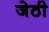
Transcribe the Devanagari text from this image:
जेठी